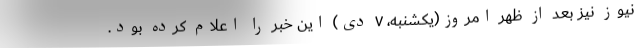
نیوز نیز بعد از ظهر امروز(یکشنبه، ۷ دی) این خبر را اعلام کرده بود.